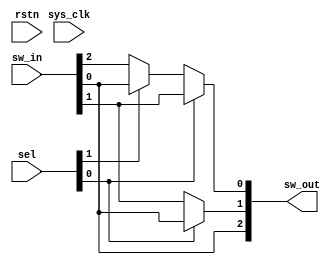
module qsn_right_len3 (
	output wire [2:0] sw_out,

	input wire [2:0] sw_in,
	input wire [1:0] sel,
	input wire sys_clk,
	input wire rstn
);

	// Multiplexer Stage 1
	wire [0:0] mux_stage_1;
	assign mux_stage_1[0] = (sel[1] == 1'b1) ? sw_in[0] : sw_in[2];

	// Multiplexer Stage 0
	wire [1:0] mux_stage_0;
	assign mux_stage_0[0] = (sel[0] == 1'b1) ? sw_in[1] : mux_stage_1[0];
	assign mux_stage_0[1] = (sel[0] == 1'b1) ? sw_in[0] : sw_in[1];

	assign sw_out[2:0] = {sw_in, mux_stage_0[1:0]};
endmodule